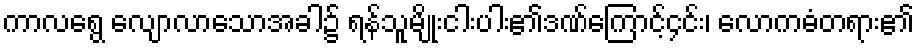
ကာလရွေ လျောလာသောအခါ၌ ရန်သူမျိုးငါးပါး၏ဒဏ်ကြောင့်၄င်း၊ လောကဓံတရား၏